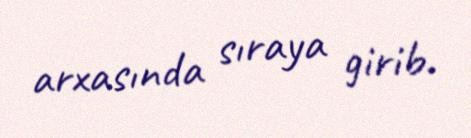
arxasında sıraya girib.